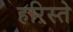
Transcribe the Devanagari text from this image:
हरिस्ते